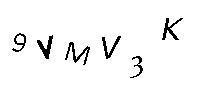
9VMV3K